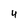
Character: 4